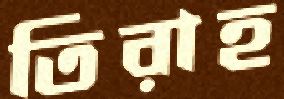
তিরাহ